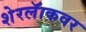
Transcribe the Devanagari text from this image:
शेरलॅाकवर